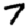
Digit: 7